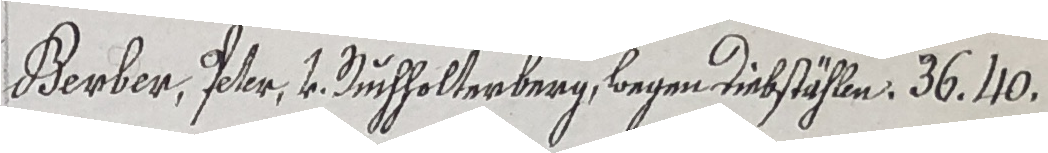
Berber, Iter v. Duchholterberg begen diebstähln. 36. 10.